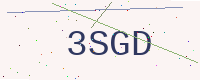
Text: 3SGD